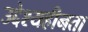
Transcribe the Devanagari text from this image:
उद्देश्यहीनता